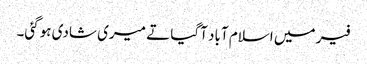
فیر میں اسلام آباد آگیا تے میری شادی ہوگئی۔